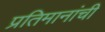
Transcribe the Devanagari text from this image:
प्रतिमानांची